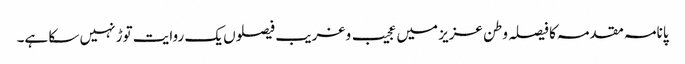
پانامہ مقدمہ کا فیصلہ وطن عزیز میں عجیب و غریب فیصلوں یک روایت توڑ نہیں سکا ہے۔